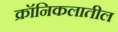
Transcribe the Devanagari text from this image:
क्रॉनिकलातील